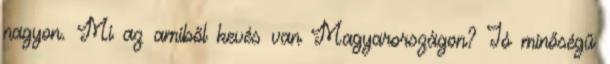
nagyon. Mi az amiből kevés van Magyarországon? Jó minőségű